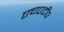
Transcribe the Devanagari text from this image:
एच०टी०